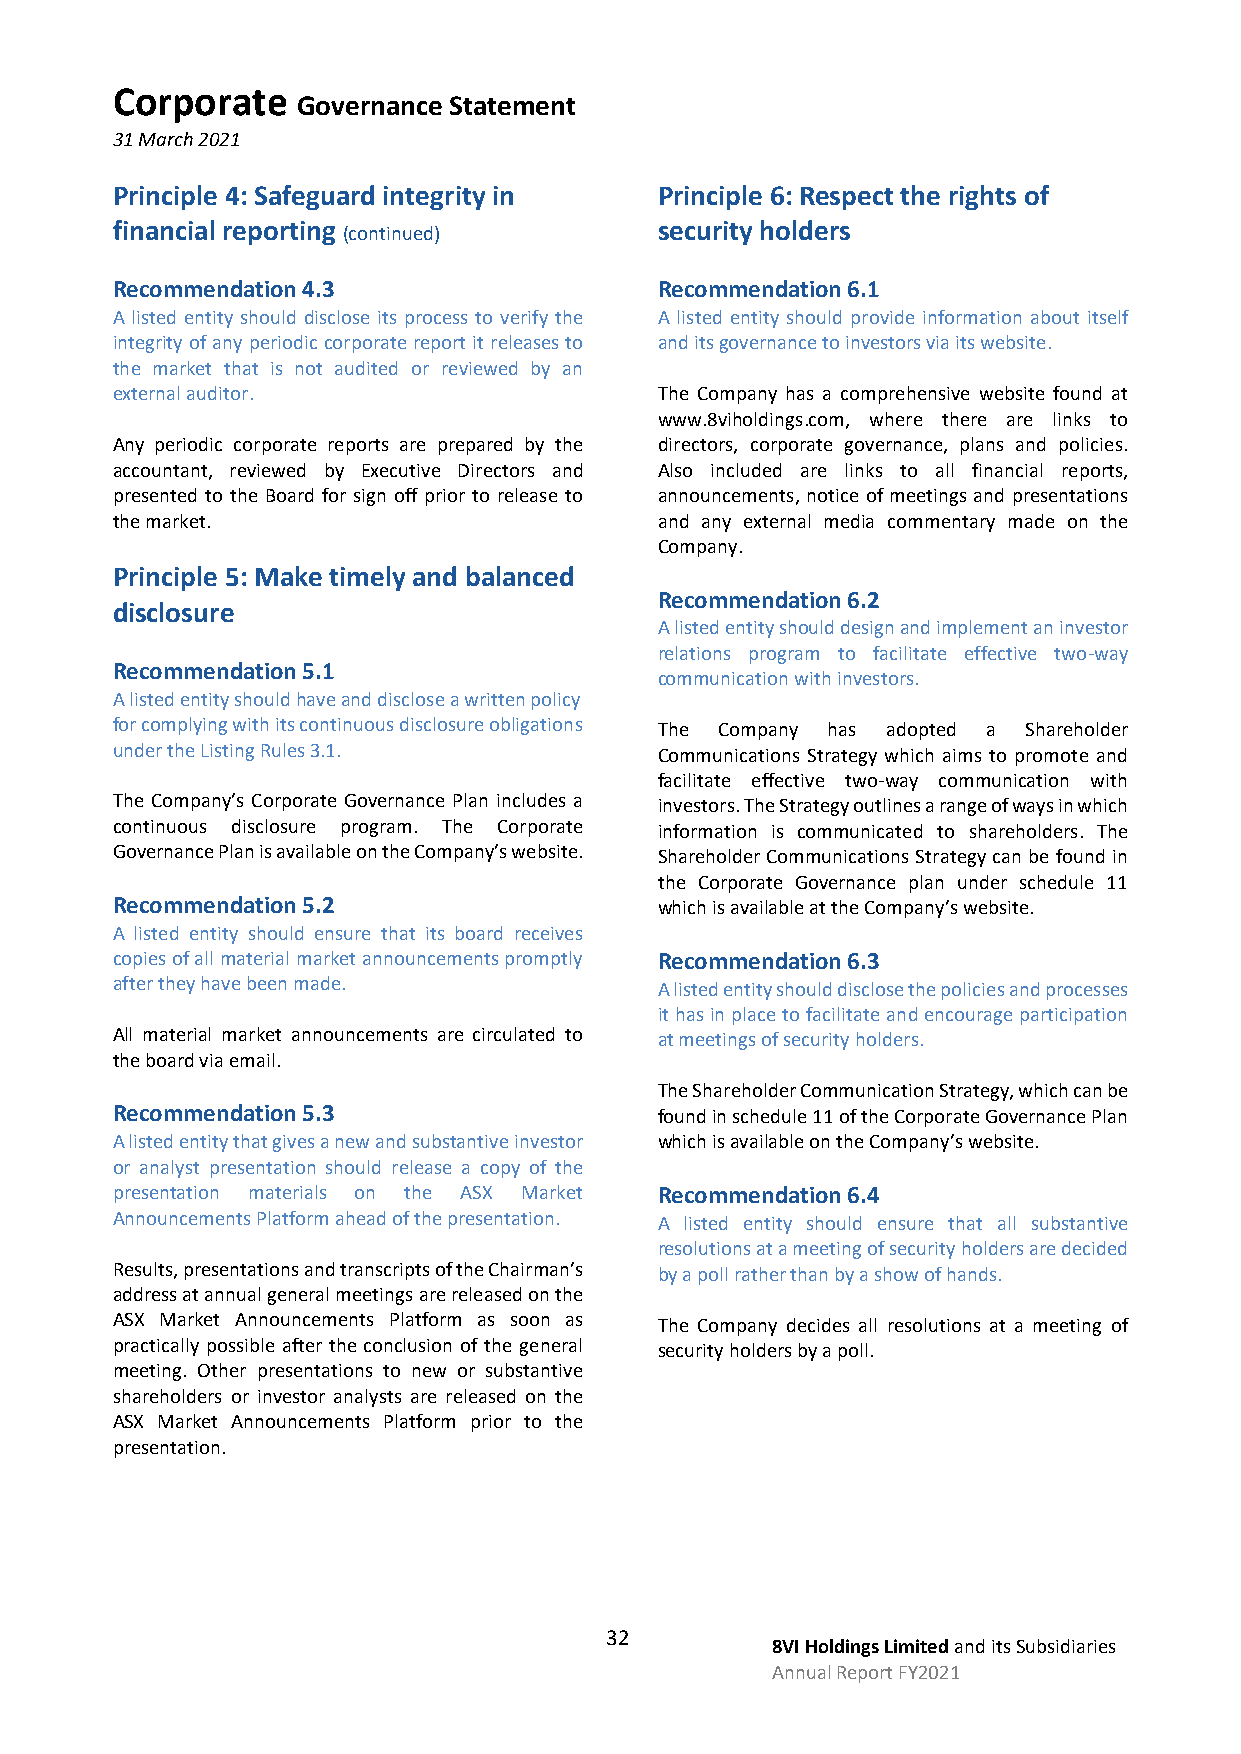
Corporate
 Governance Statement
 31 March 2021
 Principle 4: Safeguard integrity in  Principle 6: Respect the rights of
 financial reporting                  security holders
 (continued)
 Recommendation 4.3                   Recommendation 6.1
 A listed entity should disclose its process to verify the A listed entity should provide information about itself
 integrity of any periodic corporate report it releases to and its governance to investors via its website.
 the market that is not audited or reviewed by an
 external auditor.                    The Company has a comprehensive website found at
 www.8viholdings.com, where there are links to
 Any periodic corporate reports are prepared by the directors, corporate governance, plans and policies.
 accountant, reviewed by Executive Directors and Also included are links to all financial reports,
 presented to the Board for sign off prior to release to announcements, notice of meetings and presentations
 the market.                          and any external media commentary made on the
 Company.
 Principle 5: Make timely and balanced
 Recommendation 6.2
 disclosure
 A listed entity should design and implement an investor
 relations program to facilitate effective two-way
 Recommendation 5.1
 communication with investors.
 A listed entity should have and disclose a written policy
 for complying with its continuous disclosure obligations The Company has adopted a Shareholder
 under the Listing Rules 3.1.         Communications Strategy which aims to promote and
 facilitate effective two-way communication with
 The Company’s Corporate Governance Plan includes a investors. The Strategy outlines a range of ways in which
 continuous disclosure program. The Corporate information is communicated to shareholders. The
 Governance Plan is available on the Company’s website. Shareholder Communications Strategy can be found in
 the Corporate Governance plan under schedule 11
 Recommendation 5.2                   which is available at the Company’s website.
 A listed entity should ensure that its board receives
 copies of all material market announcements promptly Recommendation 6.3
 after they have been made.           A listed entity should disclose the policies and processes
 it has in place to facilitate and encourage participation
 All material market announcements are circulated to at meetings of security holders.
 the board via email.
 The Shareholder Communication Strategy, which can be
 Recommendation 5.3                   found in schedule 11 of the Corporate Governance Plan
 A listed entity that gives a new and substantive investor which is available on the Company’s website.
 or analyst presentation should release a copy of the
 presentation materials on the ASX Market Recommendation 6.4
 Announcements Platform ahead of the presentation. A listed entity should ensure that all substantive
 resolutions at a meeting of security holders are decided
 Results, presentations and transcripts of the Chairman’s by a poll rather than by a show of hands.
 address at annual general meetings are released on the
 ASX Market Announcements Platform as soon as The Company decides all resolutions at a meeting of
 practically possible after the conclusion of the general security holders by a poll.
 meeting. Other presentations to new or substantive
 shareholders or investor analysts are released on the
 ASX Market Announcements Platform prior to the
 presentation.
 32
 8VI Holdings Limited and its Subsidiaries
 Annual Report FY2021